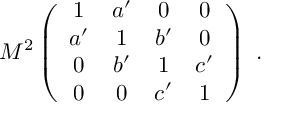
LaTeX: M ^ { 2 } \left( \begin{array} { c c c c } { { 1 } } & { { a ^ { \prime } } } & { { 0 } } & { { 0 } } \\ { { a ^ { \prime } } } & { { 1 } } & { { b ^ { \prime } } } & { { 0 } } \\ { { 0 } } & { { b ^ { \prime } } } & { { 1 } } & { { c ^ { \prime } } } \\ { { 0 } } & { { 0 } } & { { c ^ { \prime } } } & { { 1 } } \end{array} \right) \ .